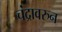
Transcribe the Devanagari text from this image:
चंद्रावरुन